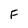
Character: F